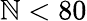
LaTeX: \mathbb{N}<80